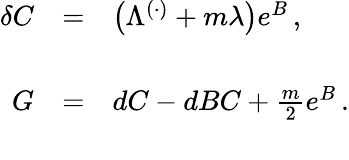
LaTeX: \begin{array}{rcl}{{\delta C}}&{{=}}&{{\left(\Lambda^{(\cdot)}+m\lambda\right)e^{B}\, ,}}\\ {{}}&{{}}&{{}}\\ {{G}}&{{=}}&{{dC-dBC+\frac{m}{2}e^{B}\, .}}\\ {{}}&{{}}&{{}}\end{array}